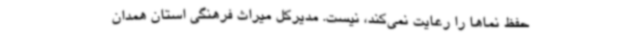
حفظ نماها را رعایت نمی‌کند، نیست. مدیرکل میراث فرهنگی استان همدان